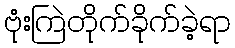
ဗုံးကြဲတိုက်ခိုက်ခဲ့ရာ